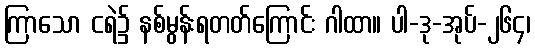
ကြာသော ငရဲ၌ နစ်မွန်းရတတ်ကြောင်း ဂါထာ။ ပါ-ဒု-အုပ်-၂၆၄၊